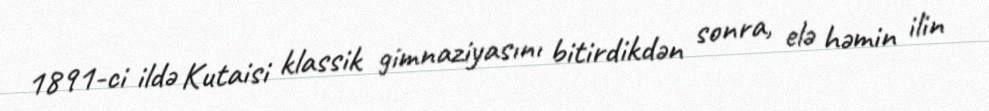
1891-ci ildə Kutaisi klassik gimnaziyasını bitirdikdən sonra, elə həmin ilin